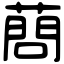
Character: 蔄